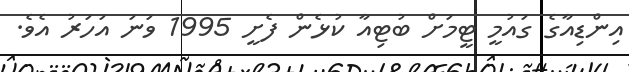
އިންޑިއާގެ ގައުމީ ޓީމަށް ބުޓިއާ ކުޅެން ފެށީ 1995 ވަނަ އަހަރު އެވެ.